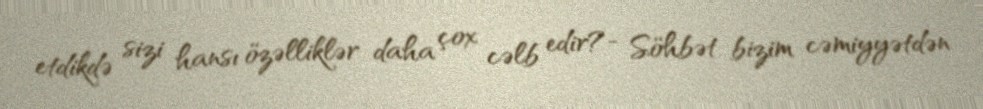
etdikdə sizi hansı özəlliklər daha çox cəlb edir?- Söhbət bizim cəmiyyətdən